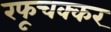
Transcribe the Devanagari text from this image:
रफूचक्कर